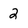
Character: 2